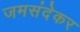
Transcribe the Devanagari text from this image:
जमसंदेकर